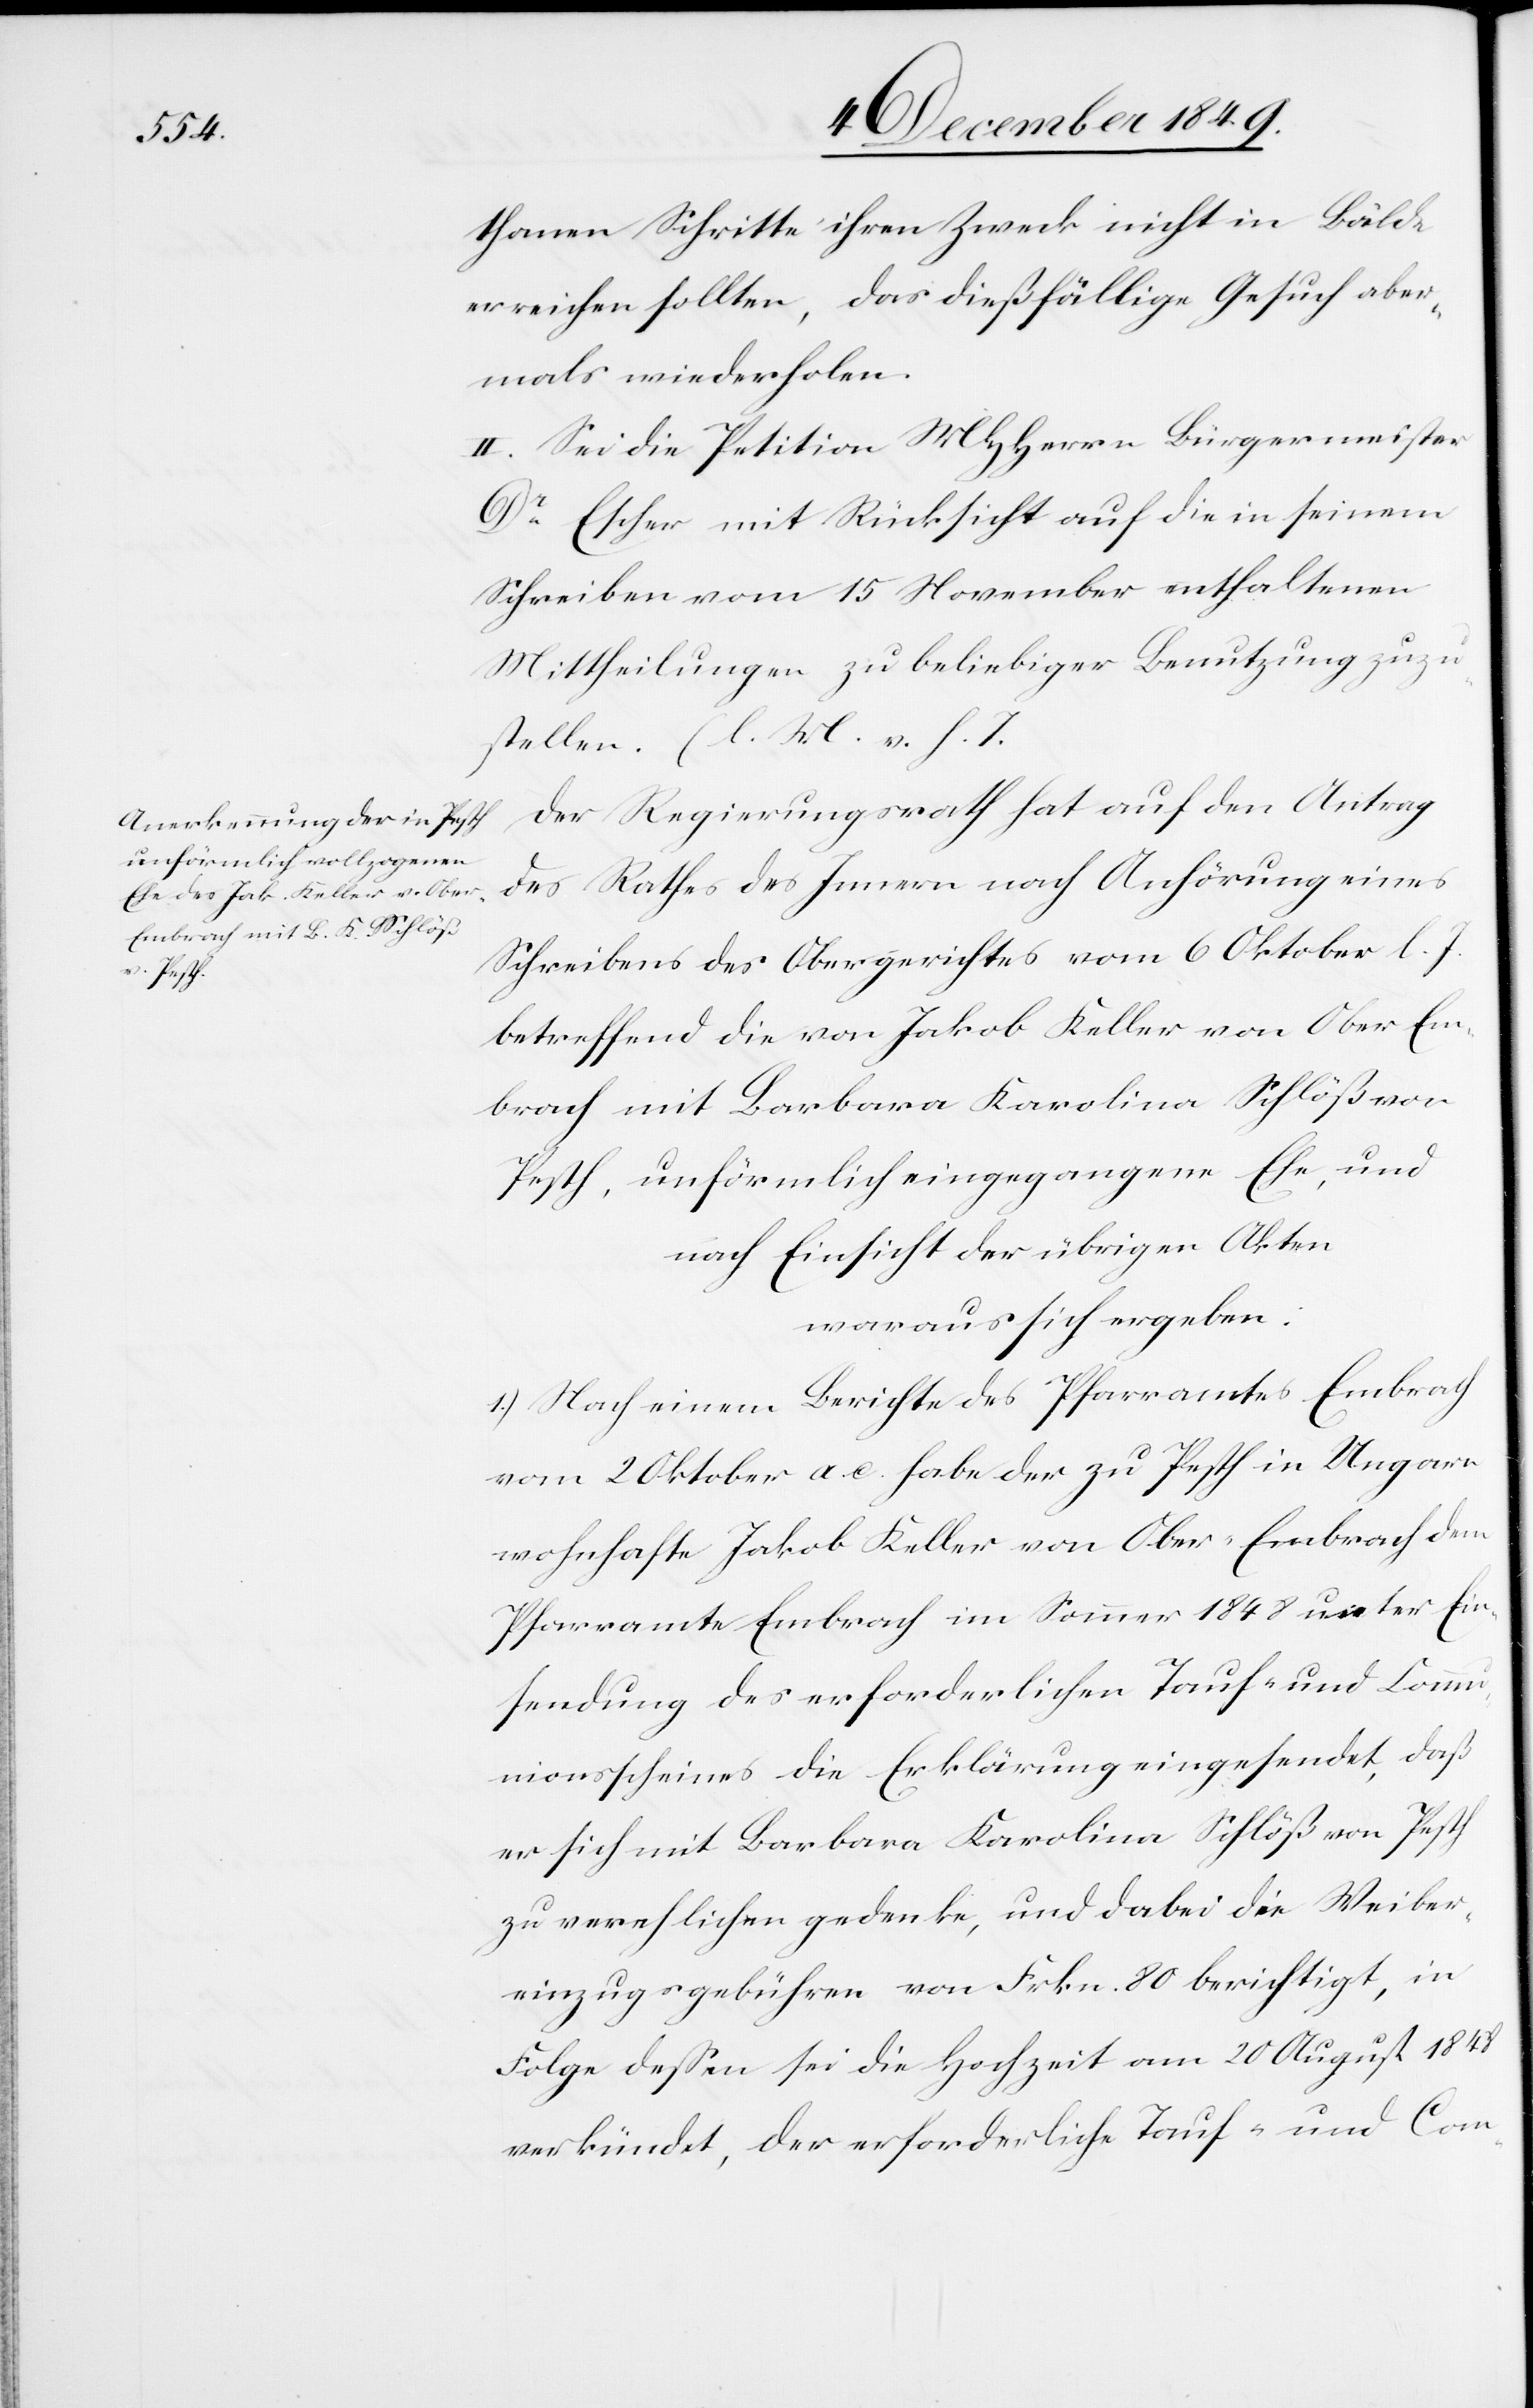
thanen Schritte ihren Zweck nicht in Bälde
erreichen sollten, das dießfällige Gesuch aber¬
mals wiederholen.
II. Sei die Petition MHHerrn Bürgermeister
Dr Escher mit Rücksicht auf die in seinem
Schreiben vom 15 November enthaltenen
Mittheilungen zu beliebiger Benutzung zuzu¬
stellen. [l. M. v. h. T]
Der Regierungsrath hat auf den Antrag
des Rathes des Innern nach Anhörung eines
Schreibens des Obergerichtes vom 6 Oktober l. J.
betreffend die von Jakob Keller von Ober-Em¬
brach mit Barbara Karolina Schöß von
Pesth, unförmlich eingegangene Ehe, und
nach Einsicht der übrigen Akten
woraus sich ergeben:
1.) Nach einem Berichte des Pfarramtes Embrach
vom 2 Oktober a. c. habe der zu Pesth in Ungarn
wohnhafte Jakob Keller von Ober-Embrach dem
Pfarramte Embrach im Sommer 1848 unter Ein¬
sendung des erforderlichen Tauf- und Commu¬
nionsscheines die Erklärung eingesendet, daß
er sich mit Barbara Karolina Schlöß von Pesth
zu verehlichen gedenke, und dabei die Weiber¬
einzugsgebühren von Frkn. 80 berichtigt, in
Folge deßen sei die Hochzeit am 20 August 1848
verkündet, der erforderliche Tauf- und Com-